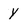
Character: y